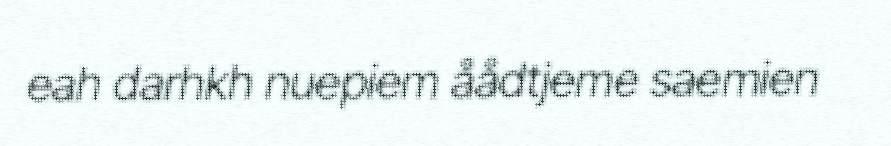
eah darhkh nuepiem åådtjeme saemien